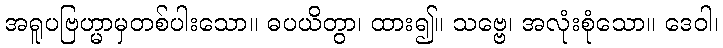
အရူပဗြဟ္မာမှတစ်ပါးသော။ ဓပယိတွာ၊ ထား၍။ သဗ္ဗေ၊ အလုံးစုံသော။ ဒေဝါ၊